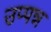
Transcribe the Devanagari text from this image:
उप्पन्न